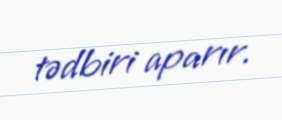
tədbiri aparır.